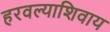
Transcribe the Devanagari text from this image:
हरवल्याशिवाय